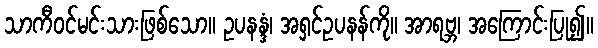
သာကီဝင်မင်းသားဖြစ်သော။ ဥပနန္ဒံ၊ အရှင်ဥပနန်ကို။ အာရဗ္ဘ၊ အကြောင်းပြု၍။